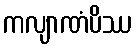
ကလျာဏံပိဿ